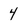
Character: 4